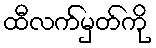
ထီလက်မှတ်ကို